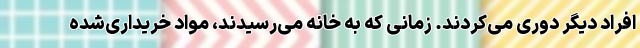
افراد دیگر دوری می‌کردند. زمانی که به خانه می‌رسیدند، مواد خریداری‌شده